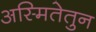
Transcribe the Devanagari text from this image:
अस्मितेतुन